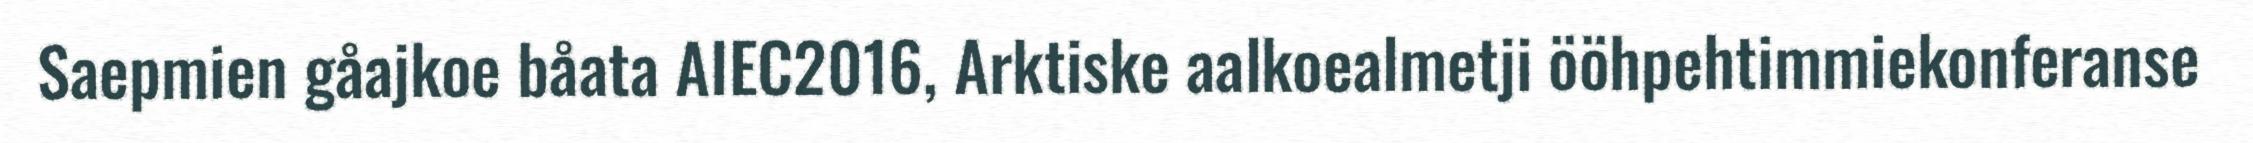
Saepmien gåajkoe båata AIEC2016, Arktiske aalkoealmetji ööhpehtimmiekonferanse